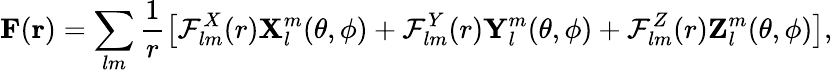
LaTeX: \boldsymbol{\mathbf{F}}(\boldsymbol{\mathbf{r}})=\sum_{lm}\frac{1}{r}\left[\mathcal{F}_{lm}^{X}(r)\boldsymbol{\mathbf{X}}_{l}^{m}(\theta,\phi)+\mathcal{F}_{lm}^{Y}(r)\boldsymbol{\mathbf{Y}}_{l}^{m}(\theta,\phi)+\mathcal{F}_{lm}^{Z}(r)\boldsymbol{\mathbf{Z}}_{l}^{m}(\theta,\phi)\right],